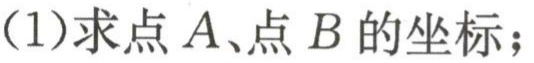
(1)求点 \(A\)、点 \(B\) 的坐标；